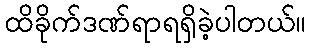
ထိခိုက်ဒဏ်ရာရရှိခဲ့ပါတယ်။